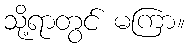
သို့ရာတွင် မကြာ။